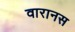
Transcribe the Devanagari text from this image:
वारानस